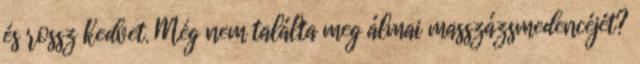
és rossz kedvet. Még nem találta meg álmai masszázsmedencéjét?